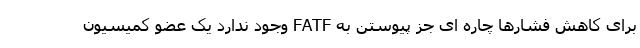
برای کاهش فشارها چاره ای جز پیوستن به FATF وجود ندارد یک عضو کمیسیون